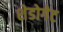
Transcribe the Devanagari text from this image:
शेडोगेट